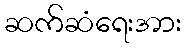
ဆက်ဆံရေးအား